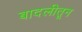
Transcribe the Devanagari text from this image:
बादलीतून